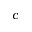
c